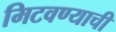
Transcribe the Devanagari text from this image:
मिटवण्याची